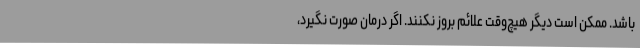
باشد. ممکن است دیگر هیچ‌وقت علائم بروز نکنند. اگر درمان صورت نگیرد،